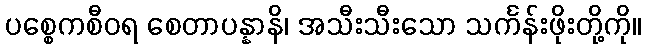
ပစ္စေကစီဝရ စေတာပန္နာနိ၊ အသီးသီးသော သင်္ကန်းဖိုးတို့ကို။